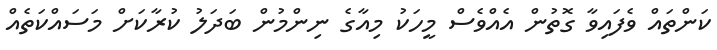
ކަންތައް ވެފައިވާ ގޮތުން އެއްވެސް މީހަކު މިއާގެ ނިންމުން ބަދަލު ކުރާކަށް މަސައްކަތެއް